Lunatic asylums Punjab 1881-1894 - 1881-1894
Year: 1881
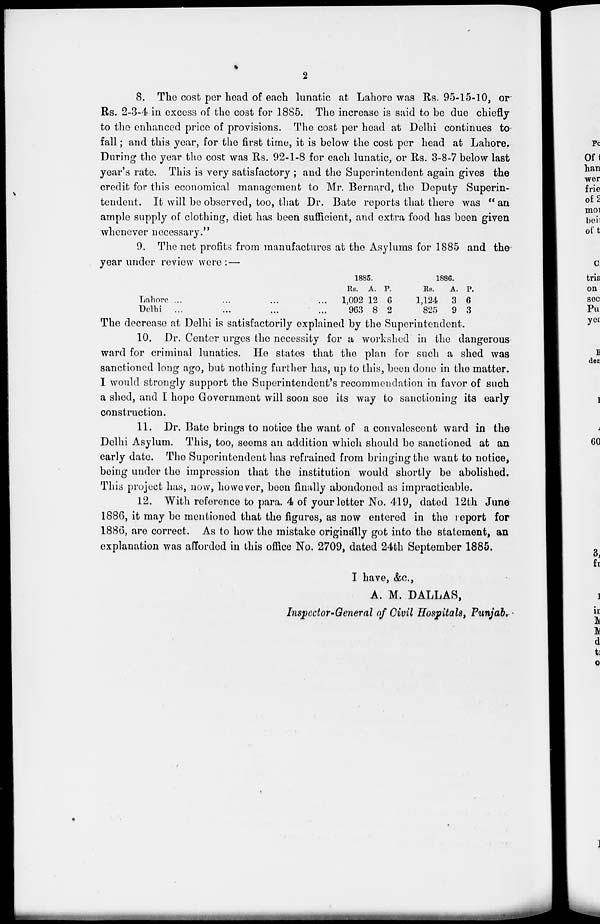
2
8. The cost per head of each lunatic at Lahore was Rs. 95-15-10, or
Rs. 2-3-4 in excess of the cost for 1885. The increase is said to be due chiefly
to the enhanced price of provisions. The cost per head at Delhi continues to
fall; and this year, for the first time, it is below the cost per head at Lahore.
During the year the cost was Rs. 92-1-8 for each lunatic, or Rs. 3-8-7 below last
year's rate. This is very satisfactory ; and the Superintendent again gives the
credit for this economical management to Mr. Bernard, the Deputy Superin-
tendent. It will be observed, too, that Dr. Bate reports that there was "an
ample supply of clothing, diet has been sufficient, and extra food has been given
whenever necessary."
9. The net profits from manufactures at the Asylums for 1885 and the
year under review were : —
Lahore ... ... ...
Delhi ... ... ...
1885.
Rs.
1,092
963
A.
12
8
P.
6
2
1886.
Rs.
1,124
825
A.
3
9
P.
6
3
The decrease at Delhi is satisfactorily explained by the superintendent.
10. Dr. Center urges the necessity for a workshed in the dangerous
ward for criminal lunatics. He states that the plan for such a shed was
sanctioned long ago, but nothing further has, up to this, been done in the matter.
I would strongly support the Superintendent's recommendation in favor of such
a shed, and I hope Government will soon see its way to sanctioning its early
construction.
11. Dr. Bate brings to notice the want of a convalescent ward in the
Delhi Asylum. This, too, seems an addition which should be sanctioned at an
early date. The Superintendent has refrained from bringing the want to notice,
being under the impression that the institution would shortly be abolished.
This project has, now, however, been finally abondoned as impracticable.
12. With reference to para. 4 of your letter No. 419, dated 12th June
1886, it may be mentioned that the figures, as now entered in the report for
1886, are correct. As to how the mistake originally got into the statement, an
explanation was afforded in this office No. 2709, dated 24th September 1885.
I have, &c.,
A. M. DALLAS,
Inspector-General of Civil Hospitals, Punjab.